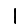
Digit: 1